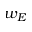
w _ { E }